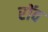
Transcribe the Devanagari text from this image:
रॉव